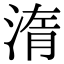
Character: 𣷿